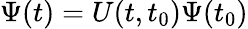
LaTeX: \Psi(t)=U(t,t_{0})\Psi(t_{0})